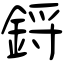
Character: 鋝